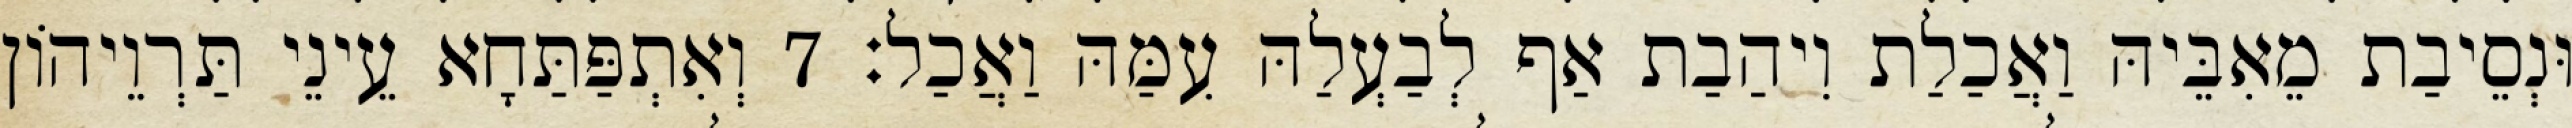
וּנְסֵיבַת מֵאִבֵּיהּ וַאֲכַלַת וִיהַבַת אַף לְבַעְלַהּ עִמַּהּ וַאֲכַל׃ 7 וְאִתְפַּתַּחָא עֵינֵי תַּרְוֵיהוֹן